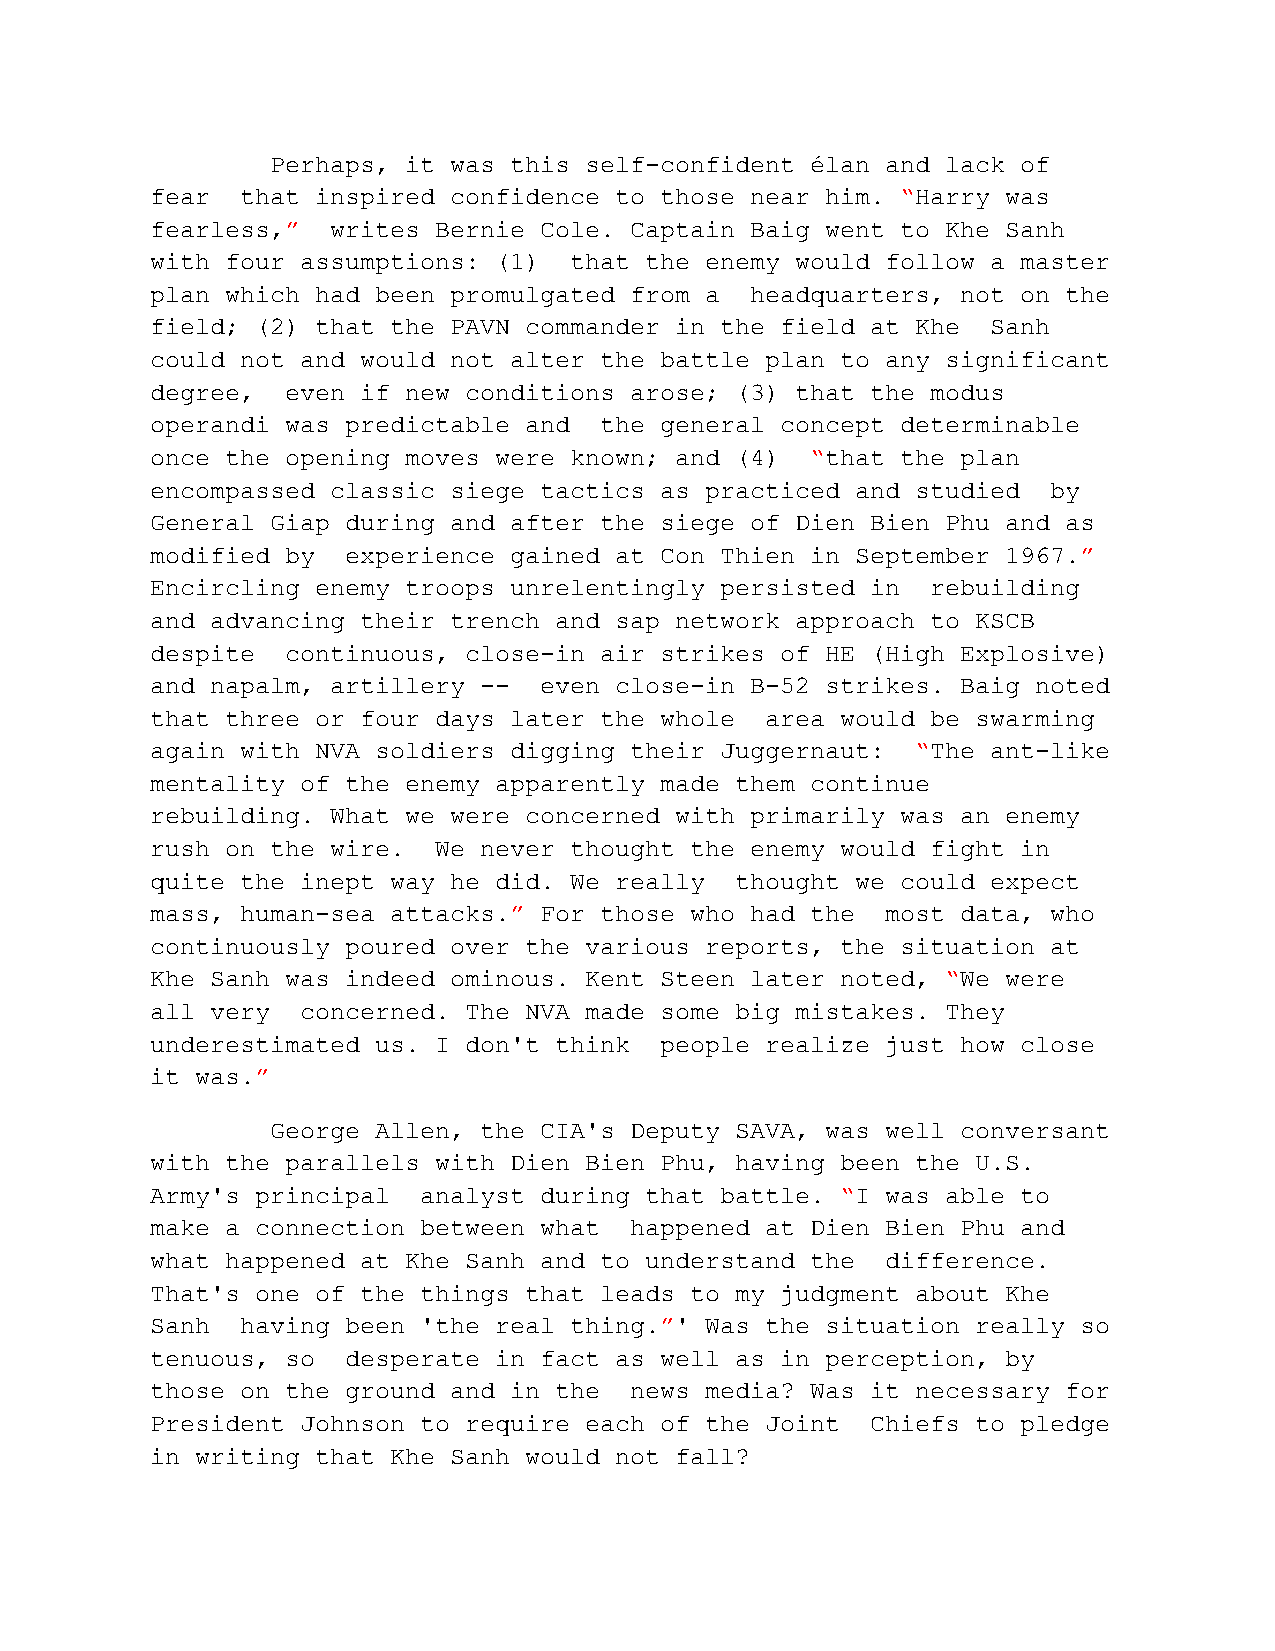
Perhaps, it was this self-confident élan and lack of
 fear  that inspired confidence to those near him. “Harry was
 fearless,”  writes Bernie Cole. Captain Baig went to Khe Sanh
 with four assumptions: (1)  that the enemy would follow a master
 plan which had been promulgated from a  headquarters, not on the
 field; (2) that the PAVN commander in the field at Khe  Sanh
 could not and would not alter the battle plan to any significant
 degree,  even if new conditions arose; (3) that the modus
 operandi was predictable and  the general concept determinable
 once the opening moves were known; and (4)  “that the plan
 encompassed classic siege tactics as practiced and studied  by
 General Giap during and after the siege of Dien Bien Phu and as
 modified by  experience gained at Con Thien in September 1967.”
 Encircling enemy troops unrelentingly persisted in  rebuilding
 and advancing their trench and sap network approach to KSCB
 despite  continuous, close-in air strikes of HE (High Explosive)
 and napalm, artillery --  even close-in B-52 strikes. Baig noted
 that three or four days later the whole  area would be swarming
 again with NVA soldiers digging their Juggernaut:  “The ant-like
 mentality of the enemy apparently made them continue
 rebuilding. What we were concerned with primarily was an enemy
 rush on the wire.  We never thought the enemy would fight in
 quite the inept way he did. We really  thought we could expect
 mass, human-sea attacks.” For those who had the  most data, who
 continuously poured over the various reports, the situation at
 Khe Sanh was indeed ominous. Kent Steen later noted, “We were
 all very  concerned. The NVA made some big mistakes. They
 underestimated us. I don't think  people realize just how close
 it was.”
 George Allen, the CIA's Deputy SAVA, was well conversant
 with the parallels with Dien Bien Phu, having been the U.S.
 Army's principal  analyst during that battle. “I was able to
 make a connection between what  happened at Dien Bien Phu and
 what happened at Khe Sanh and to understand the  difference.
 That's one of the things that leads to my judgment about Khe
 Sanh  having been 'the real thing.”' Was the situation really so
 tenuous, so  desperate in fact as well as in perception, by
 those on the ground and in the  news media? Was it necessary for
 President Johnson to require each of the Joint  Chiefs to pledge
 in writing that Khe Sanh would not fall?